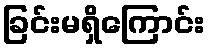
ခြင်းမရှိကြောင်း